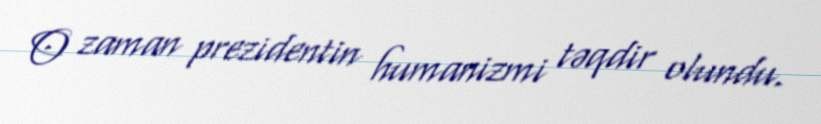
O zaman prezidentin humanizmi təqdir olundu.